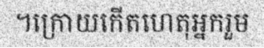
។ក្រោយកើតហេតុអ្នករួម